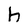
Character: h